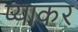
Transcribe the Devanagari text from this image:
प्याकर